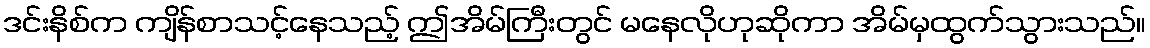
ဒင်းနိစ်က ကျိန်စာသင့်နေသည့် ဤအိမ်ကြီးတွင် မနေလိုဟုဆိုကာ အိမ်မှထွက်သွားသည်။